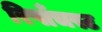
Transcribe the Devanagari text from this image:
रिपाँचस्ट